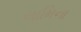
લામિના